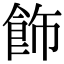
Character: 飾